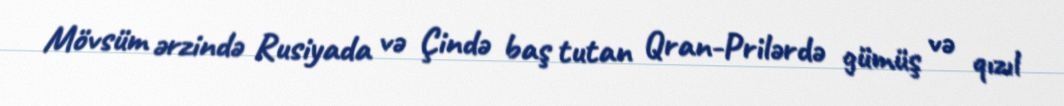
Mövsüm ərzində Rusiyada və Çində baş tutan Qran-Prilərdə gümüş və qızıl